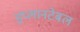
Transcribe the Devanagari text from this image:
इंप्लानटेबल